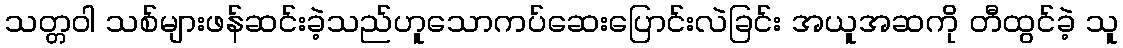
သတ္တဝါ သစ်များဖန်ဆင်းခဲ့သည်ဟူသောကပ်ဆေးပြောင်းလဲခြင်း အယူအဆကို တီထွင်ခဲ့ သူ